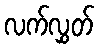
လက်လွှတ်